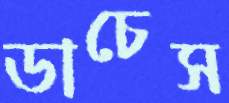
ডাচেস